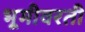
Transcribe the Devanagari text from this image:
भूमीवरती